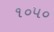
૧૦૫૦